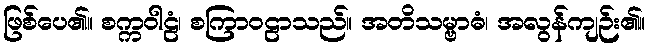
ဖြစ်ပေ၏။ စက္ကဝါဠံ၊ စကြာဝဠာသည်။ အတိသမ္ဗာဓံ၊ အလွန်ကျဉ်း၏။